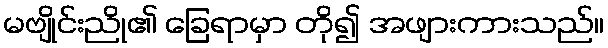
မဗျိုင်းညို၏ ခြေရာမှာ တို၍ အဖျားကားသည်။